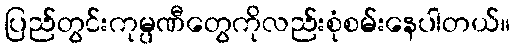
ပြည်တွင်းကုမ္ပဏီတွေကိုလည်းစုံစမ်းနေပါတယ်။